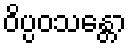
ဝိပ္ပဝသန္တော